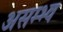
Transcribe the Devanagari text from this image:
असम्भ्व